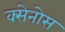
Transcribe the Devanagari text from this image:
क्सेनोस